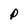
Character: P